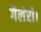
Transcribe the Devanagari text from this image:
गैलेरी।